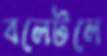
বলেটলে